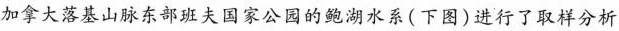
加拿大落基山脉东部班夫国家公园的鲍湖水系(下图)进行了取样分析